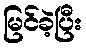
မြင်ခဲ့ပြီး